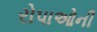
રોપાઓની